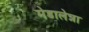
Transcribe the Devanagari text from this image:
मेडालेन्ना